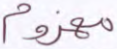
مهزوم